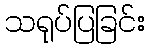
သရုပ်ပြခြင်း